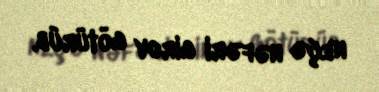
neçə nəfəri girov götürüb.